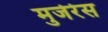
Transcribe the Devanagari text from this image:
मुजेरेस